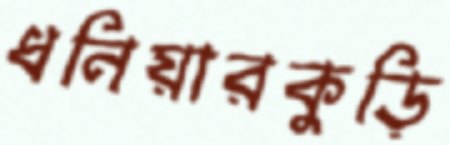
ধনিয়ারকুড়ি